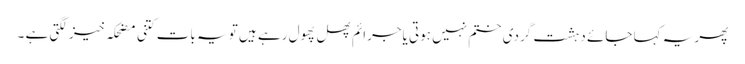
پھر یہ کہا جائے دہشت گردی ختم نہیں ہوتی یاجرائم پھل پھول رہے ہیں تو یہ بات کتنی مضحکہ خیز لگتی ہے ۔